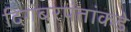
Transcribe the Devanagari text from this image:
दिगंबरपंतांकडे